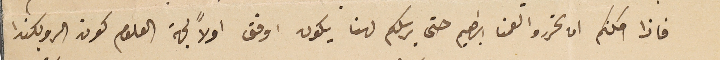
فاذا امكنكم ان تحرروا لعمنا ابراهيم حتى يرسلكم لهنا يكون اوفق اولاً لجهة العلوم كون الروبكندا